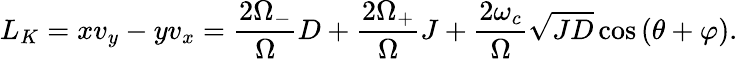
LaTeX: L_{K}=xv_{y}-yv_{x}=\frac{2\Omega_{-}}{\Omega}D+\frac{2\Omega_{+}}{\Omega}J+\frac{2\omega_{c}}{\Omega}\sqrt{JD}\cos\left(\theta+\varphi\right).